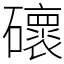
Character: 䃶